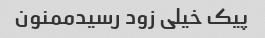
پیک خیلی زود رسیدممنون